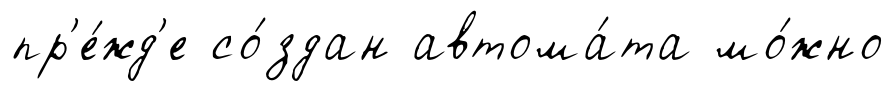
пр'е́жд'е со́здан автома́та мо́жно